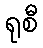
ရုစီ